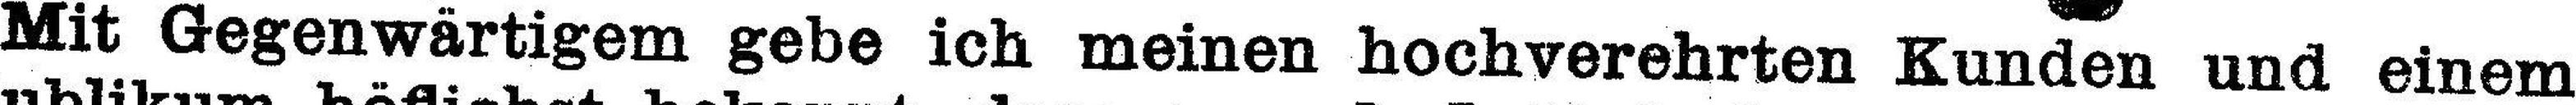
Mit Gegenwärtigem gebe ich meinen hochverehrten Kunden und einem